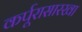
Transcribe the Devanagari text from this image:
कर्पूरासारखा